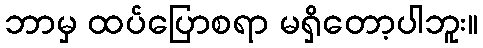
ဘာမှ ထပ်ပြောစရာ မရှိတော့ပါဘူး။